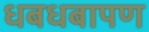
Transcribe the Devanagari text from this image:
धबधबापण